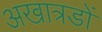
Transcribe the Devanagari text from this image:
अखात्रडों